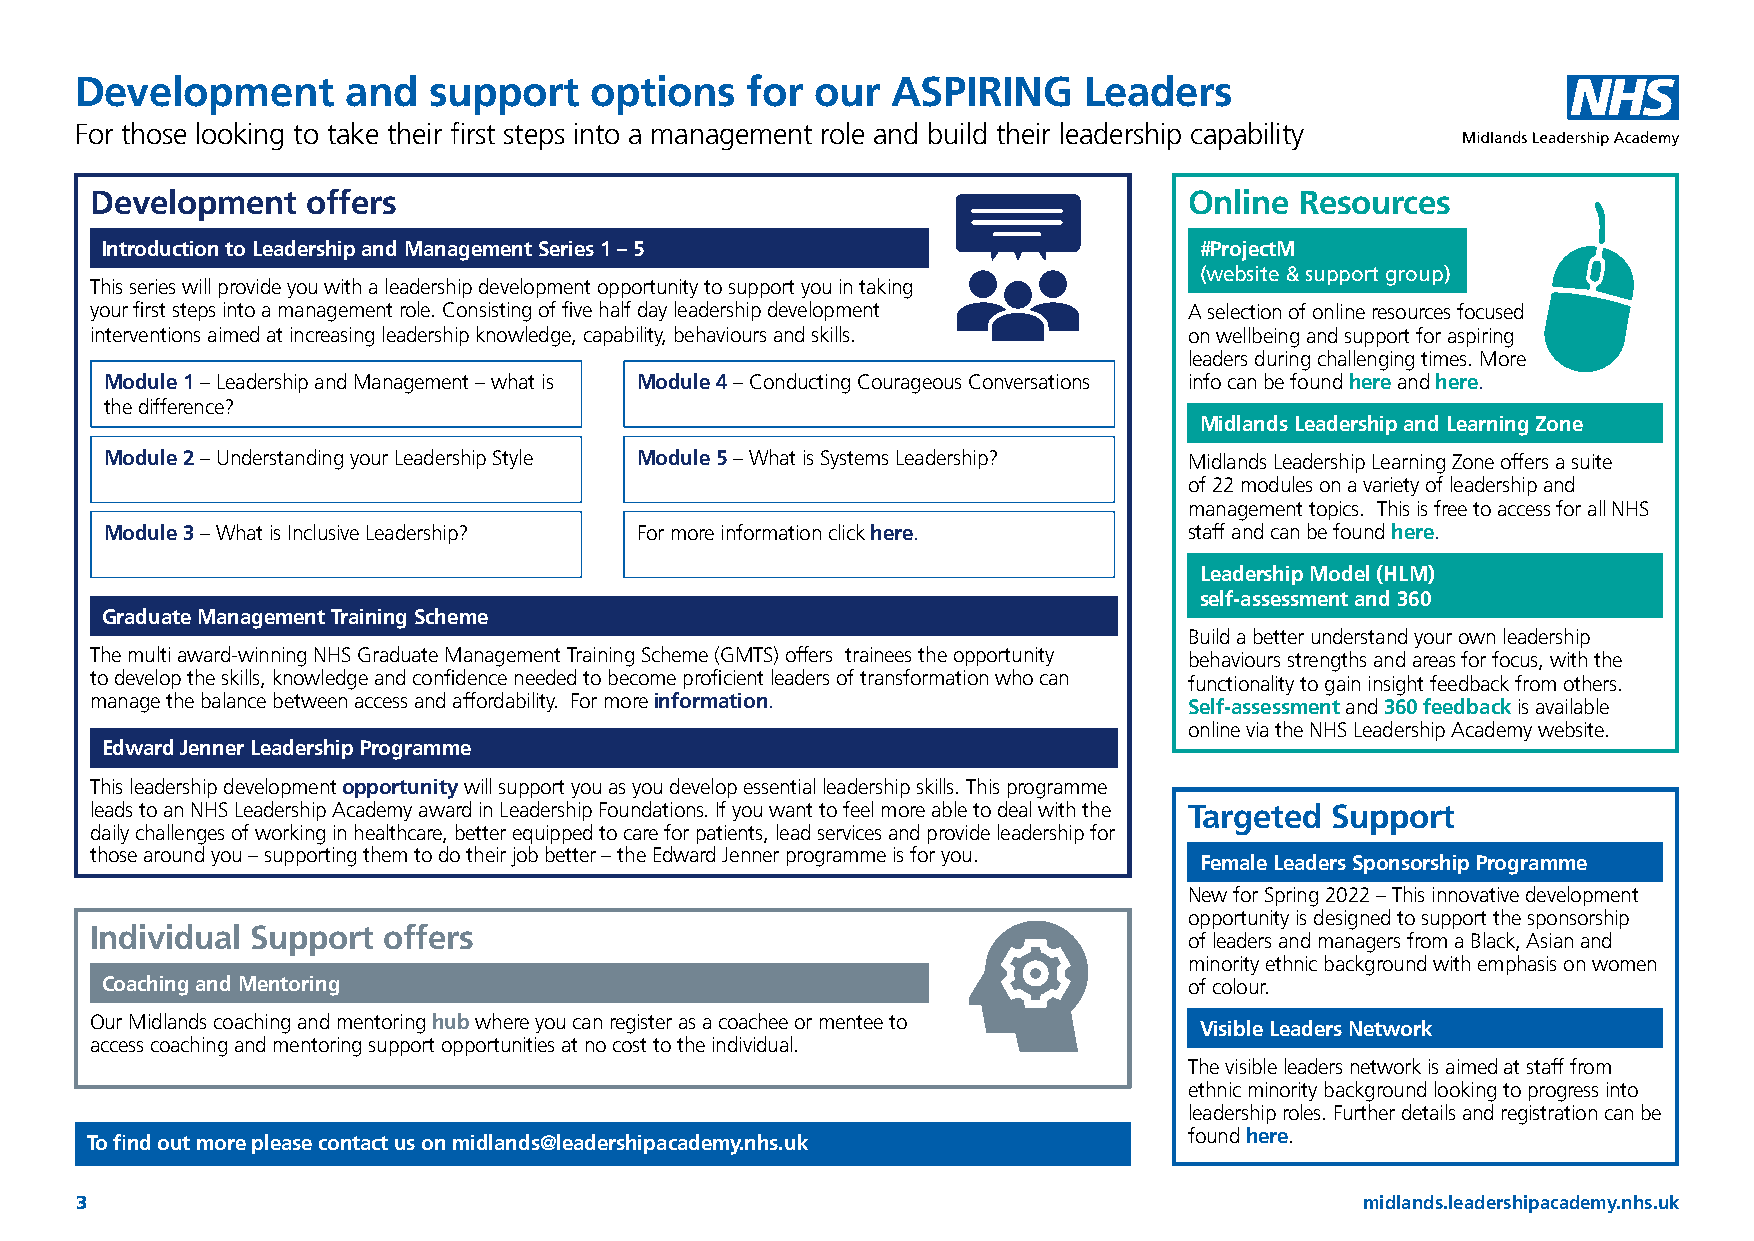
Development       and  support    options   for  our  ASPIRING     Leaders
 For those looking to take their first steps into a management role and build their leadership capability
 Development   offers                                                     Online Resources
 Introduction to Leadership and Management Series 1 – 5                  #ProjectM
 (website & support group)
 This series will provide you with a leadership development opportunity to support you in taking
 your first steps into a management role. Consisting of five half day leadership development A selection of online resources focused
 interventions aimed at increasing leadership knowledge, capability, behaviours and skills. on wellbeing and support for aspiring
 leaders during challenging times. More
 Module 1 – Leadership and Management – what is Module 4 – Conducting Courageous Conversations info can be found here and here.
 the difference?
 Midlands Leadership and Learning Zone
 Module 2 – Understanding your Leadership Style Module 5 – What is Systems Leadership? Midlands Leadership Learning Zone offers a suite
 of 22 modules on a variety of leadership and
 management topics. This is free to access for all NHS
 Module 3 – What is Inclusive Leadership? For more information click here. staff and can be found here.
 Leadership Model (HLM)
 self-assessment and 360
 Graduate Management Training Scheme
 Build a better understand your own leadership
 The multi award-winning NHS Graduate Management Training Scheme (GMTS) offers trainees the opportunity behaviours strengths and areas for focus, with the
 to develop the skills, knowledge and confidence needed to become proficient leaders of transformation who can functionality to gain insight feedback from others.
 manage the balance between access and affordability. For more information. Self-assessment and 360 feedback is available
 online via the NHS Leadership Academy website.
 Edward Jenner Leadership Programme
 This leadership development opportunity will support you as you develop essential leadership skills. This programme
 leads to an NHS Leadership Academy award in Leadership Foundations. If you want to feel more able to deal with the Targeted Support
 daily challenges of working in healthcare, better equipped to care for patients, lead services and provide leadership for
 those around you – supporting them to do their job better – the Edward Jenner programme is for you.
 Female Leaders Sponsorship Programme
 New for Spring 2022 – This innovative development
 opportunity is designed to support the sponsorship
 Individual Support offers
 of leaders and managers from a Black, Asian and
 minority ethnic background with emphasis on women
 Coaching and Mentoring                                                  of colour.
 Our Midlands coaching and mentoring hub where you can register as a coachee or mentee to
 Visible Leaders Network
 access coaching and mentoring support opportunities at no cost to the individual.
 The visible leaders network is aimed at staff from
 ethnic minority background looking to progress into
 leadership roles. Further details and registration can be
 found here.
 To find out more please contact us on midlands@leadershipacademy.nhs.uk
 3                                                                                    midlands.leadershipacademy.nhs.uk